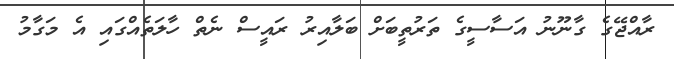
ރާއްޖޭގެ ގާނޫނު އަސާސީގެ ތަރުތީބަށް ބަލާއިރު ރައީސް ނެތް ހާލަތެއްގައި އެ މަގާމު